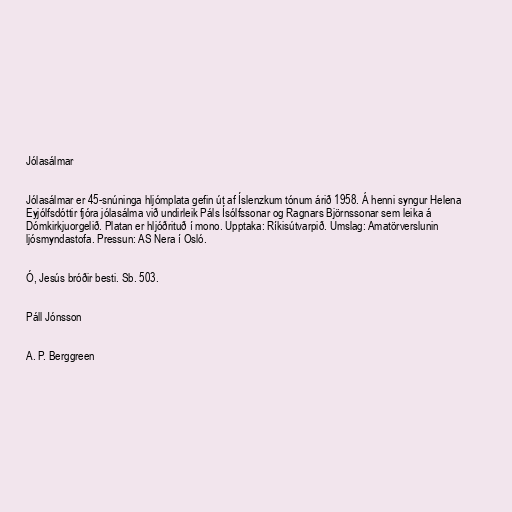
Jólasálmar

Jólasálmar er 45-snúninga hljómplata gefin út af Íslenzkum tónum árið 1958. Á henni syngur Helena
Eyjólfsdóttir fjóra jólasálma við undirleik Páls Ísólfssonar og Ragnars Björnssonar sem leika á
Dómkirkjuorgelið. Platan er hljóðrituð í mono. Upptaka: Ríkisútvarpið. Umslag: Amatörverslunin
ljósmyndastofa. Pressun: AS Nera í Osló.

Ó, Jesús bróðir besti. Sb. 503.

Páll Jónsson

A. P. Berggreen